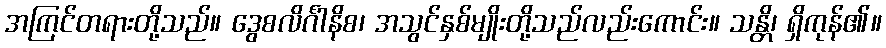
အကြင်တရားတို့သည်။ ဒွေစလိင်္ဂါနိစ၊ အသွင်နှစ်မျိုးတို့သည်လည်းကောင်း။ သန္တိ၊ ရှိကုန်၏။